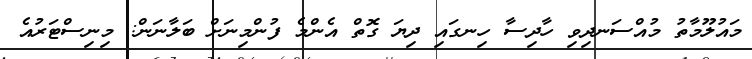
މައުލޫމާތު މުއްސަނދިވި ހާދިސާ ހިނގައި ދިޔަ ގޮތް އެންމެ ފުންމިނަށް ބަލާނަން: މިނިސްޓަރުއެ